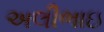
અલીભાઇ